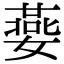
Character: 嬊